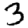
Digit: 3